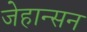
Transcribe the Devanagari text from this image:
जेहान्सन